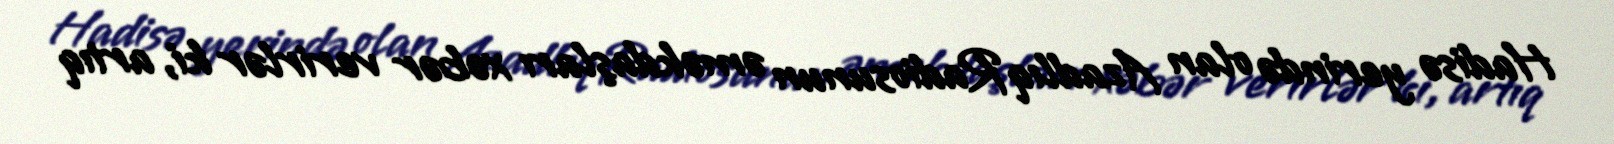
Hadisə yerində olan AzadlıqRadiosunun əməkdaşları xəbər verirlər ki, artıq